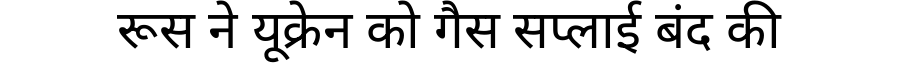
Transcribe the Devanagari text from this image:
रूस ने यूक्रेन को गैस सप्लाई बंद की